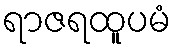
ရာဇရထူပမံ